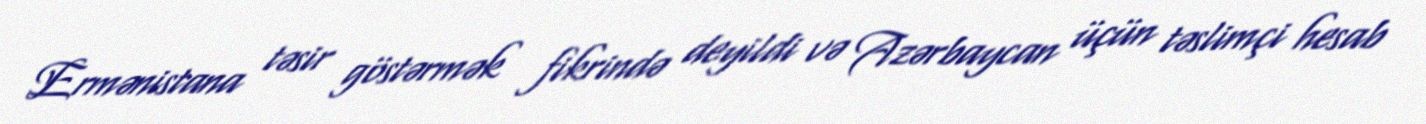
Ermənistana təsir göstərmək fikrində deyildi və Azərbaycan üçün təslimçi hesab